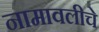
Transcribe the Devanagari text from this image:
नामावलीचे